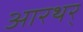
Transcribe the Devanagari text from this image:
आरथर्